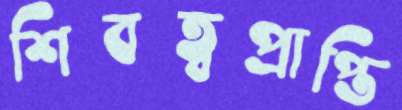
শিবত্বপ্রাপ্তি